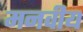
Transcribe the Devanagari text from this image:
मनवीय